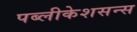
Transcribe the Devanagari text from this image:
पब्लीकेशसन्स